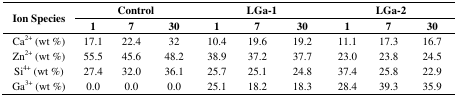
<table><thead><tr><td rowspan="2"><b>Ion Species</b></td><td colspan="3"><b>Control</b></td><td colspan="3"><b>LGa-1</b></td><td colspan="3"><b>LGa-2</b></td></tr><tr><td><b>1</b></td><td><b>7</b></td><td><b>30</b></td><td><b>1</b></td><td><b>7</b></td><td><b>30</b></td><td><b>1</b></td><td><b>7</b></td><td><b>30</b></td></tr></thead><tbody><tr><td>Ca<sup>2+</sup> (wt %)</td><td>17.1</td><td>22.4</td><td>32</td><td>10.4</td><td>19.6</td><td>19.2</td><td>11.1</td><td>17.3</td><td>16.7</td></tr><tr><td>Zn<sup>2+</sup> (wt %)</td><td>55.5</td><td>45.6</td><td>48.2</td><td>38.9</td><td>37.2</td><td>37.7</td><td>23.0</td><td>23.8</td><td>24.5</td></tr><tr><td>Si<sup>4+</sup> (wt %)</td><td>27.4</td><td>32.0</td><td>36.1</td><td>25.7</td><td>25.1</td><td>24.8</td><td>37.4</td><td>25.8</td><td>22.9</td></tr><tr><td>Ga<sup>3+</sup> (wt %)</td><td>0.0</td><td>0.0</td><td>0.0</td><td>25.1</td><td>18.2</td><td>18.3</td><td>28.4</td><td>39.3</td><td>35.9</td></tr></tbody></table>